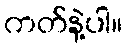
ကတ်နဲ့ပါ။